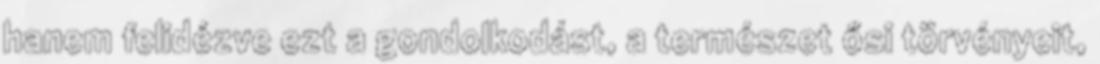
hanem felidézve ezt a gondolkodást, a természet ősi törvényeit,